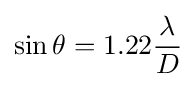
\sin \theta =1.22{\frac {\lambda }{D}}